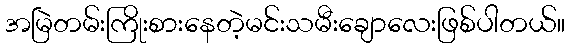
အမြဲတမ်းကြိုးစားနေတဲ့မင်းသမီးချောလေးဖြစ်ပါတယ်။